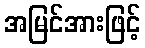
အမြင်အားဖြင့်